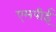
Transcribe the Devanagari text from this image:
एमपीई